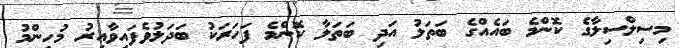
މިސިލްސިލާގެ ކޮންމެ ބައެއްގެ ބަތަލު އަދި ބަތަލާ ކޮންމެ ފަހަރަކު ބަދަލުވެފައިވާއިރު މުހިންމު